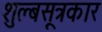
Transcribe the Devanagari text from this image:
शुल्बसूत्रकार